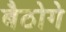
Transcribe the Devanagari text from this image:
बैठोगे